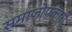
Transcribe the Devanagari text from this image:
समाजोपकारी